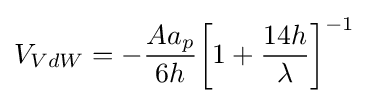
V_{VdW}=-{\frac {Aa_{p}}{6h}}{\bigg [}1+{\frac {14h}{\lambda }}{\bigg ]}^{-1}